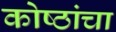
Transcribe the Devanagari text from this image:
कोष्ठांचा